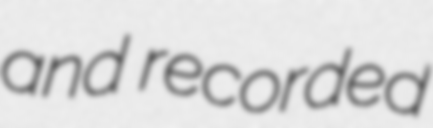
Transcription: and recorded